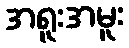
အရူးအမူး